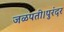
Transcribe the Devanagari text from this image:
जळपती।पुरंदर